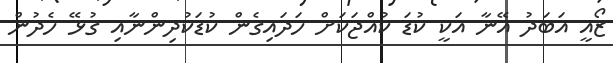
ޒޯއީ އަބަދު އޭނާ އަކީ ކުޑަ ކުއްޖަކަށް ހަދައިގެން ކުޑަކުދިންނާއި ގުޅޭ ހެދުން